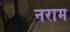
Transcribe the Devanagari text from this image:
नराम